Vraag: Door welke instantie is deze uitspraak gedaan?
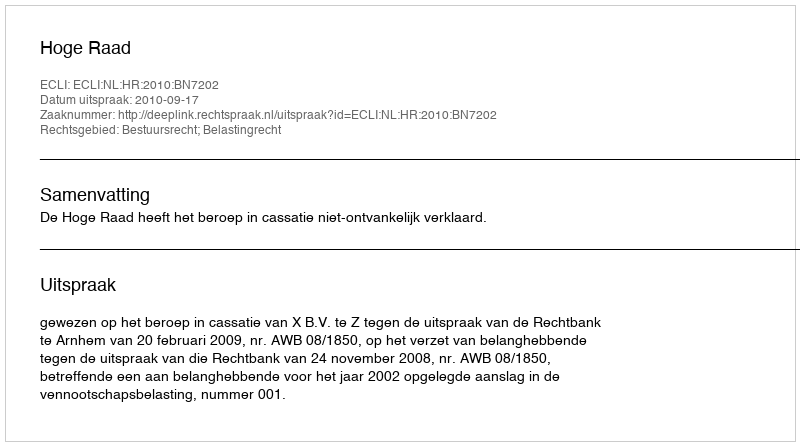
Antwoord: Hoge Raad